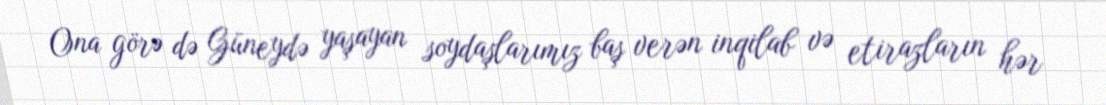
Ona görə də Güneydə yaşayan soydaşlarımız baş verən inqilab və etirazların hər